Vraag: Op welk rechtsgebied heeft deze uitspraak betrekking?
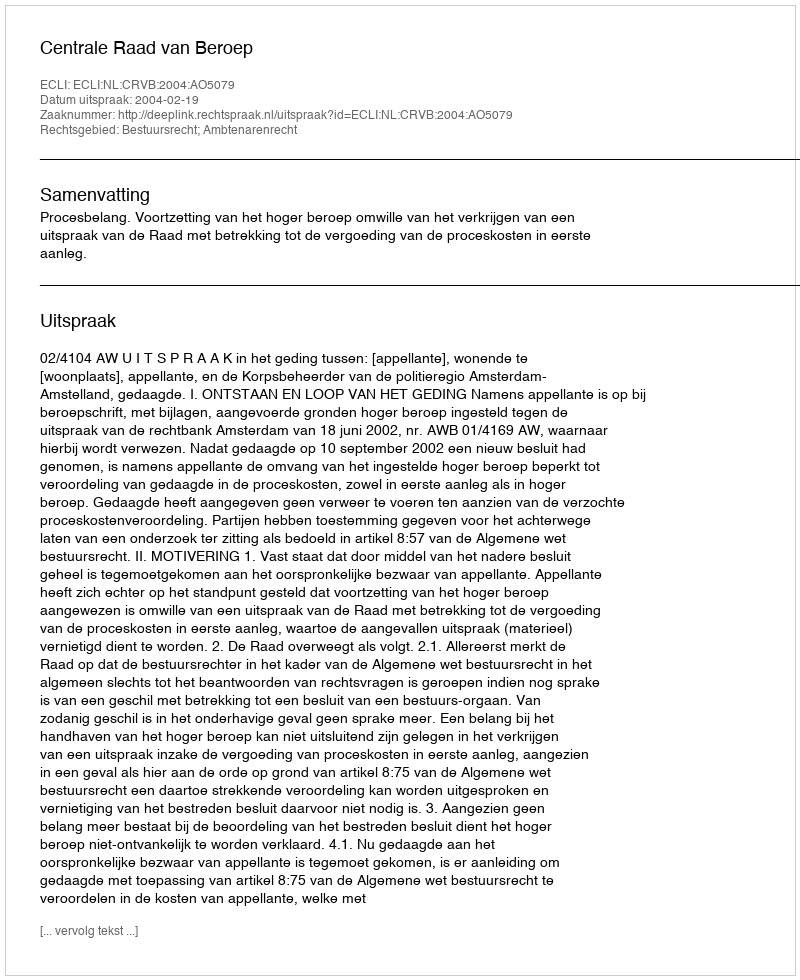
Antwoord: Bestuursrecht; Ambtenarenrecht